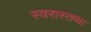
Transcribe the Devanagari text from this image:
स्वरास्तथा